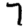
Digit: 7